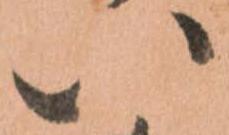
い